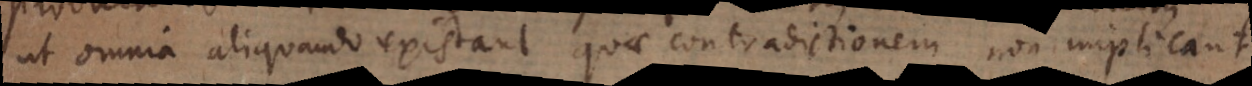
ut omnia aliquando existant quae contradictionem non implicant